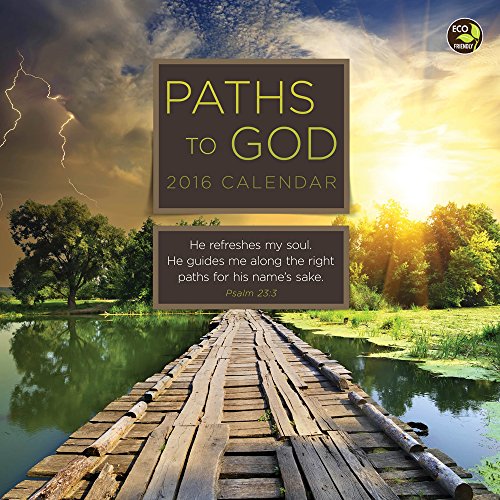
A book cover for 2016 Paths to God Mini Calendar; TF Publishing; Calendars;